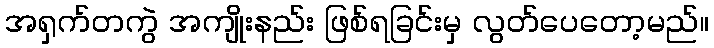
အရှက်တကွဲ အကျိုးနည်း ဖြစ်ရခြင်းမှ လွတ်ပေတော့မည်။